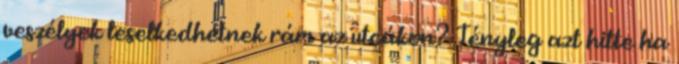
veszélyek leselkedhetnek rám az utcákon? Tényleg azt hitte ha